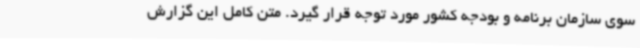
سوی سازمان برنامه و بودجه کشور مورد توجه قرار گیرد. متن کامل این گزارش